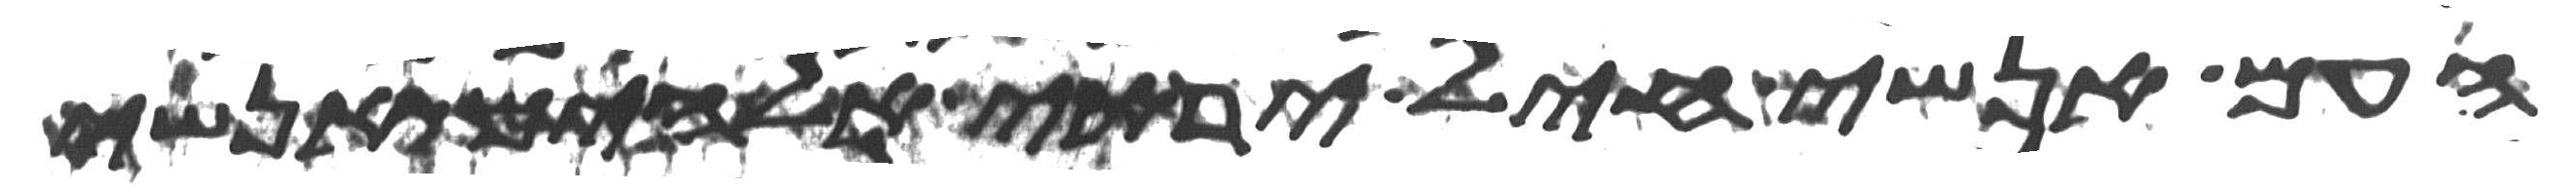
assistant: העם אנשי חיל יראי אלהים אנשי